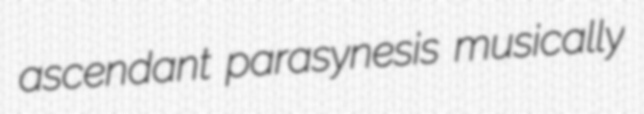
ascendant parasynesis musically